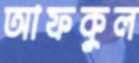
আফকুল